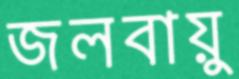
জলবায়ু